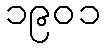
၁၉၀၁